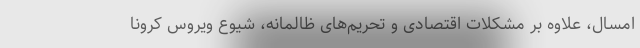
امسال، علاوه بر مشکلات اقتصادی و تحریم‌های ظالمانه، شیوع ویروس کرونا